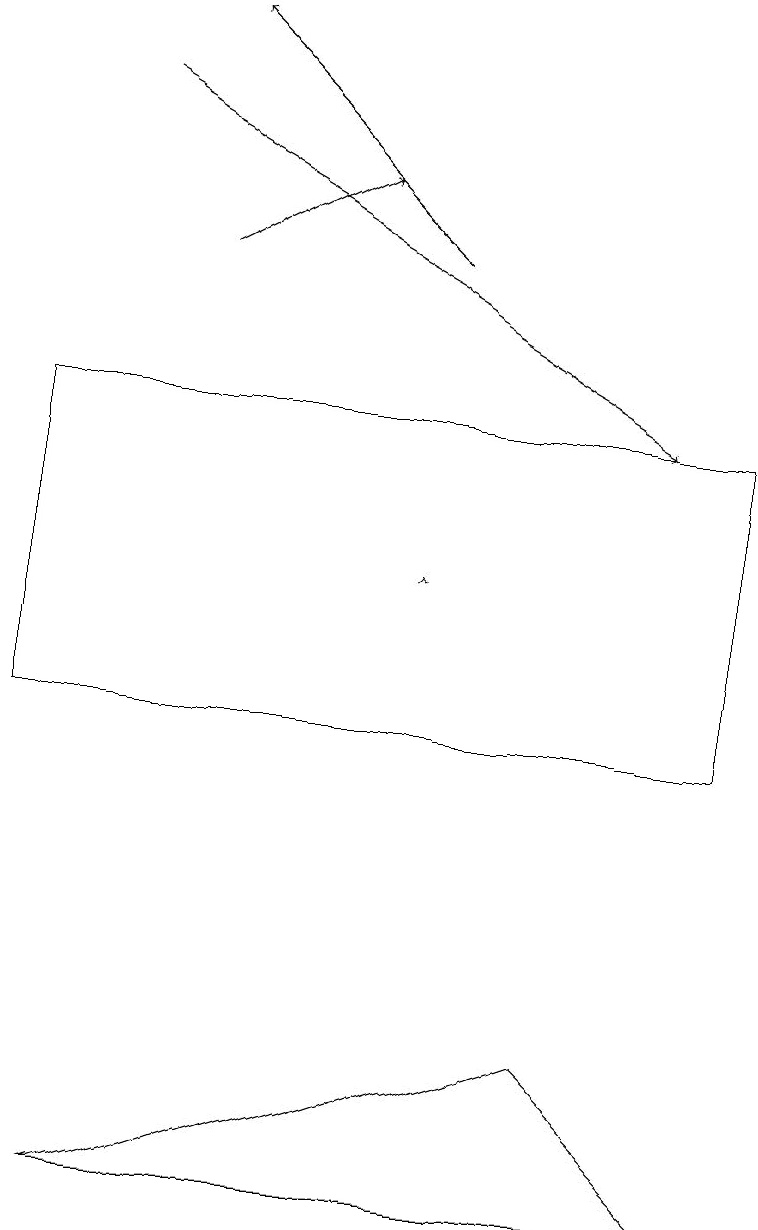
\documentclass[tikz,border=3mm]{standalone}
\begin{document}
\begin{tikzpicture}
\draw[->] (2,16) -- (4,17);
\draw[->] (5,16) -- (2,19);
\draw[->] (5,12) -- (5,12);
\draw (1,4) -- (9,4) -- (7,6) -- cycle;
\draw[->] (1,18) -- (8,14);
\draw (9,14) rectangle (0,10);
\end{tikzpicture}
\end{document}